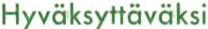
Hyväksyttäväksi